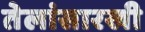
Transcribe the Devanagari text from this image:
तेलांसारखी